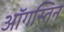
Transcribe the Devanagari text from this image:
ऑगस्तिन